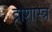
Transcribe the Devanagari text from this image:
द्राशास्त्र